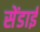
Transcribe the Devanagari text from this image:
सेंडाई